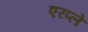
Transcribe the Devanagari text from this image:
एरप्ले